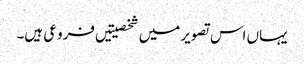
یہاں اس تصویر میں شخصیتیں فروعی ہیں۔